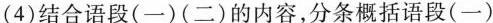
（4）结合语段（一）（二）的内容，分条概括语段（一）